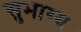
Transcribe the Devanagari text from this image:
सुभाग्य